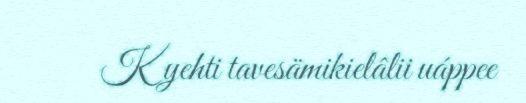
Kyehti tavesämikielâlii uáppee